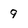
Character: 9